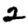
Digit: 2